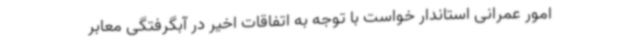
امور عمرانی استاندار خواست با توجه به اتفاقات اخیر در آبگرفتگی معابر